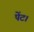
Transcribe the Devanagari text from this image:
पेंट।